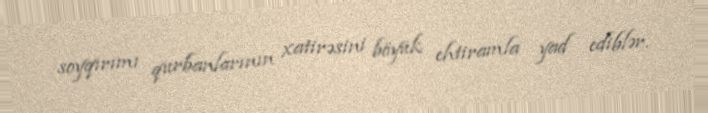
soyqırımı qurbanlarının xatirəsini böyük ehtiramla yad ediblər.